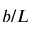
b / L